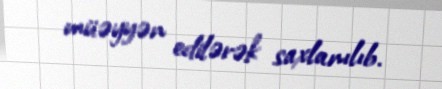
müəyyən edilərək saxlanılıb.